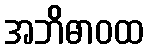
အဘိဓာဝထ